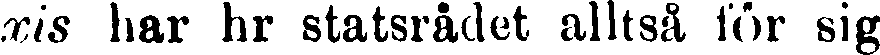
xis har hr statsrådet alltså för sig